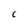
Character: C